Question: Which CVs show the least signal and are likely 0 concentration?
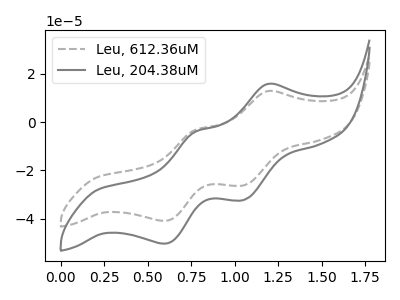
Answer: <think>The gray dashed curve "Leu, 612.36uM" has anodic peaks at (1.20V, 12.80uA) (0.75V, -3.30uA) and cathodic peaks at (1.05V, -26.25uA) (0.60V, -40.95uA). The gray curve "Leu, 204.38uM" has anodic peaks at (1.20V, 15.75uA) (0.75V, -4.10uA) and cathodic peaks at (1.05V, -32.30uA) (0.60V, -50.40uA).</think>
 <answer>There are not any CV's on this graph that are likely to be blanks.</answer>
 <eval>none</eval>